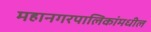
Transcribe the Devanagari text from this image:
महानगरपालिकांमधील